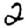
Digit: 2